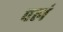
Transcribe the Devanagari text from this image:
पलं